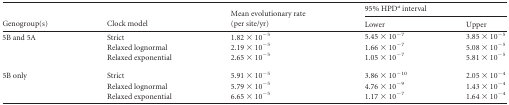
<table><thead><tr><td rowspan="2"><b>Genogroup(s)</b></td><td rowspan="2"><b>Clock model</b></td><td rowspan="2"><b>Mean evolutionary rate (per site/yr)</b></td><td colspan="2"><b>95% HPD<sup><i>a</i></sup> interval</b></td></tr><tr><td><b>Lower</b></td><td><b>Upper</b></td></tr></thead><tbody><tr><td>5B and 5A</td><td>Strict</td><td>1.82 × 10<sup>−5</sup></td><td>5.45 × 10<sup>−7</sup></td><td>3.85 × 10<sup>−5</sup></td></tr><tr><td></td><td>Relaxed lognormal</td><td>2.19 × 10<sup>−5</sup></td><td>1.66 × 10<sup>−7</sup></td><td>5.08 × 10<sup>−5</sup></td></tr><tr><td></td><td>Relaxed exponential</td><td>2.65 × 10<sup>−5</sup></td><td>1.05 × 10<sup>−7</sup></td><td>5.81 × 10<sup>−5</sup></td></tr><tr><td>5B only</td><td>Strict</td><td>5.91 × 10<sup>−5</sup></td><td>3.86 × 10<sup>−10</sup></td><td>2.05 × 10<sup>−4</sup></td></tr><tr><td></td><td>Relaxed lognormal</td><td>5.79 × 10<sup>−5</sup></td><td>4.76 × 10<sup>−9</sup></td><td>1.43 × 10<sup>−4</sup></td></tr><tr><td></td><td>Relaxed exponential</td><td>6.65 × 10<sup>−5</sup></td><td>1.17 × 10<sup>−7</sup></td><td>1.64 × 10<sup>−4</sup></td></tr></tbody></table>